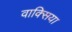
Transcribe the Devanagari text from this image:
वाक्सिया